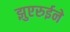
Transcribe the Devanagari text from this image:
झुएरुईने